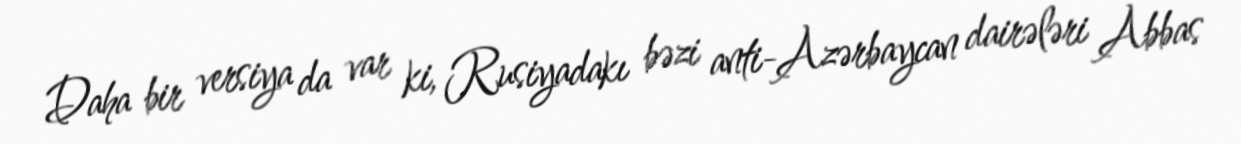
Daha bir versiya da var ki, Rusiyadakı bəzi anti-Azərbaycan dairələri Abbas